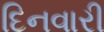
દિનવારી